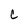
Character: c